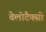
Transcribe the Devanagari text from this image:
वेलोटैक्सी